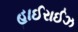
હાઈરાઈઝ